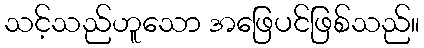
သင့်သည်ဟူသော အဖြေပင်ဖြစ်သည်။